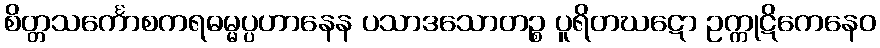
စိတ္တသင်္ကောစကရဓမ္မပ္ပဟာနေန ပသာဒသောတဉ္စ ပူရိတဃဋော ဥက္ကုဋိကေနေဝ